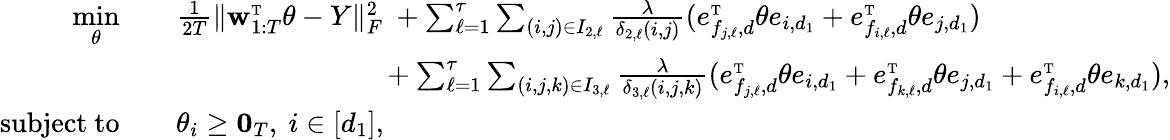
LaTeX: \begin{array}{rl}{\underset{\theta}{\mathrm{min}}\quad}&{\frac{1}{2T}\| \mathbf{w}_{1:T}^{\mathrm{\scriptscriptstyle T}}\theta-Y\| _{F}^{2}\ +\sum_{\ell=1}^{\tau}\sum_{(i,j)\in I_{2,\ell}}\frac{\lambda}{\delta_{2,\ell}(i,j)}(e_{f_{j,\ell},d}^{\mathrm{\scriptscriptstyle T}}\theta e_{i,d_{1}}+e_{f_{i,\ell},d}^{\mathrm{\scriptscriptstyle T}}\theta e_{j,d_{1}})}\\ &{\quad\quad\quad\quad\quad\quad\quad\ +\sum_{\ell=1}^{\tau}\sum_{(i,j,k)\in I_{3,\ell}}\frac{\lambda}{\delta_{3,\ell}(i,j,k)}(e_{f_{j,\ell},d}^{\mathrm{\scriptscriptstyle T}}\theta e_{i,d_{1}}+e_{f_{k,\ell},d}^{\mathrm{\scriptscriptstyle T}}\theta e_{j,d_{1}}+e_{f_{i,\ell},d}^{\mathrm{\scriptscriptstyle T}}\theta e_{k,d_{1}}),}\\ {\mathrm{subject~to}\quad}&{\theta_{i}\geq\mathbf{0}_{T},\ i\in[d_{1}],}\end{array}